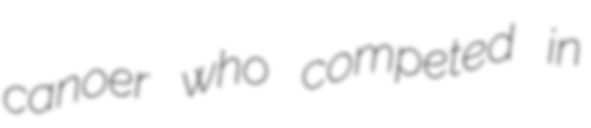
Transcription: canoer who competed in